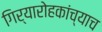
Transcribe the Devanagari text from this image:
गिर्यारोहकांच्याच